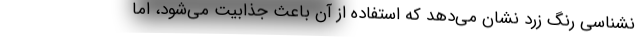
نشناسی رنگ زرد نشان می‌دهد که استفاده از آن باعث جذابیت می‌شود، اما